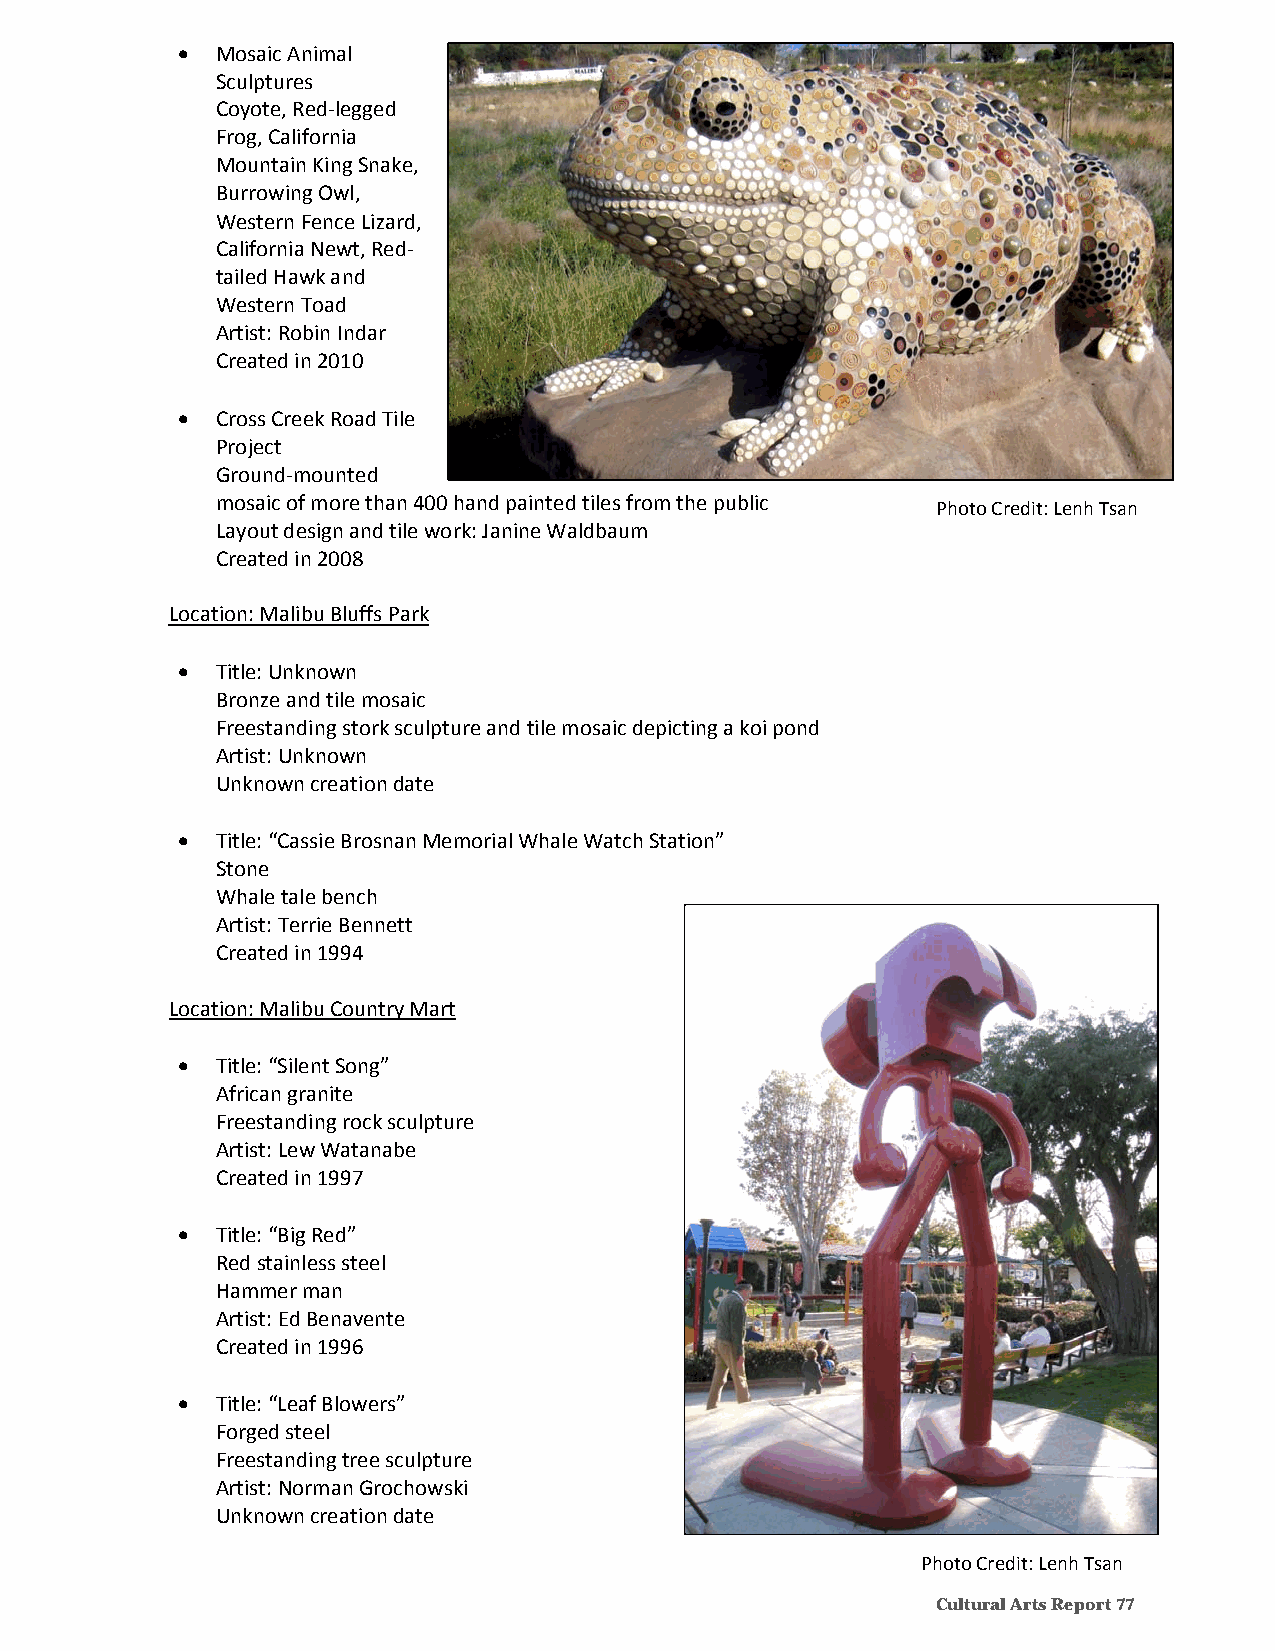
 Mosaic Animal
 Sculptures
 Coyote, Red‐legged
 Frog, California
 Mountain King Snake,
 Burrowing Owl,
 Western Fence Lizard,
 California Newt, Red‐
 tailed Hawk and
 Western Toad
 Artist: Robin Indar
 Created in 2010
  Cross Creek Road Tile
 Project
 Ground‐mounted
 mosaic of more than 400 hand painted tiles from the public
 Photo Credit: Lenh Tsan
 Layout design and tile work: Janine Waldbaum
 Created in 2008
 Location: Malibu Bluffs Park
  Title: Unknown
 Bronze and tile mosaic
 Freestanding stork sculpture and tile mosaic depicting a koi pond
 Artist: Unknown
 Unknown creation date
  Title: “Cassie Brosnan Memorial Whale Watch Station”
 Stone
 Whale tale bench
 Artist: Terrie Bennett
 Created in 1994
 Location: Malibu Country Mart
  Title: “Silent Song”
 African granite
 Freestanding rock sculpture
 Artist: Lew Watanabe
 Created in 1997
  Title: “Big Red”
 Red stainless steel
 Hammer man
 Artist: Ed Benavente
 Created in 1996
  Title: “Leaf Blowers”
 Forged steel
 Freestanding tree sculpture
 Artist: Norman Grochowski
 Unknown creation date
 Photo Credit: Lenh Tsan
 Cultural Arts Report 77